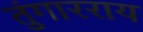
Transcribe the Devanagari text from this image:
तुंगारराय